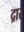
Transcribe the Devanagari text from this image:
द्रार